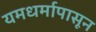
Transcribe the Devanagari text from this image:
यमधर्मापासून